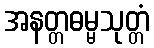
အနတ္တဓမ္မသုတ္တံ